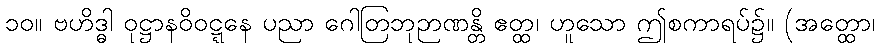
၁၀။ ဗဟိဒ္ဓါ ဝုဋ္ဌာနဝိဝဋ္ဋနေ ပညာ ဂေါတြဘုဉာဏန္တိ ဧတ္ထ၊ ဟူသော ဤစကာရပ်၌။ (အတ္ထော၊